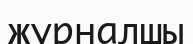
журналшы